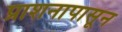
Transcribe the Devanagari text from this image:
प्राशनापासून